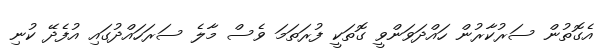
އެގޮތުން ސަރުކާރުން ހައްދަވަންވީ ގޮތަކީ ފުރަތަމަ ވެސް މާލެ ސަރަހައްދުގައި އުފެދޭ ކުނި